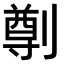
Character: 𠟃